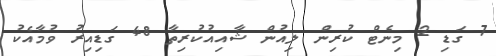
7 ގަޑި 2 މިނެޓް ކުރިން ލިއުން ޝާއިއުކުރިތާ 48 ގަޑިއިރު ވުމާއެކު